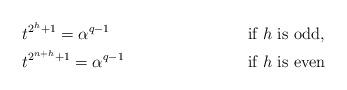
LaTeX: \begin{align*} & t^{2^h+1} = \alpha^{q-1} && \mbox{ if } h \mbox{ is odd,} \\ & t^{2^{n+h}+1} = \alpha^{q-1} && \mbox{ if } h \mbox{ is even} \end{align*}